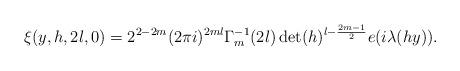
LaTeX: \begin{align*}\xi(y,h,2l,0)=2^{2-2m}(2\pi i)^{2ml}\Gamma_m^{-1}(2l)\det(h)^{l-\frac{2m-1}{2}}e(i\lambda(hy)).\end{align*}